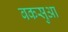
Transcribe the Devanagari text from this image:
बकसुआ